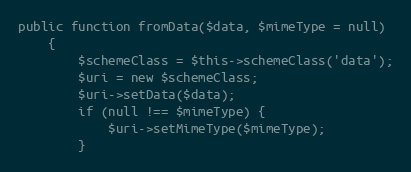
Language: PHP
public function fromData($data, $mimeType = null)
    {
        $schemeClass = $this->schemeClass('data');
        $uri = new $schemeClass;
        $uri->setData($data);
        if (null !== $mimeType) {
            $uri->setMimeType($mimeType);
        }